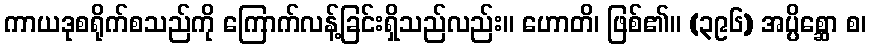
ကာယဒုစရိုက်စသည်ကို ကြောက်လန့်ခြင်းရှိသည်လည်း။ ဟောတိ၊ ဖြစ်၏။ (၃၉၆) အပ္ပိစ္ဆော စ၊